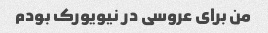
من برای عروسی در نیویورک بودم